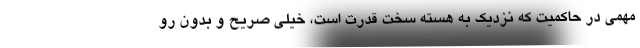
مهمی در حاکمیت که نزدیک به هسته سخت قدرت است، خیلی صریح و بدون رو